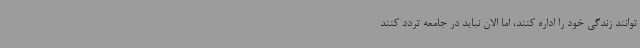
توانند زندگی خود را اداره کنند، اما الان نباید در جامعه تردد کنند